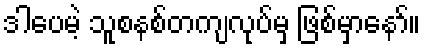
ဒါပေမဲ့ သူစနစ်တကျလုပ်မှ ဖြစ်မှာနော်။